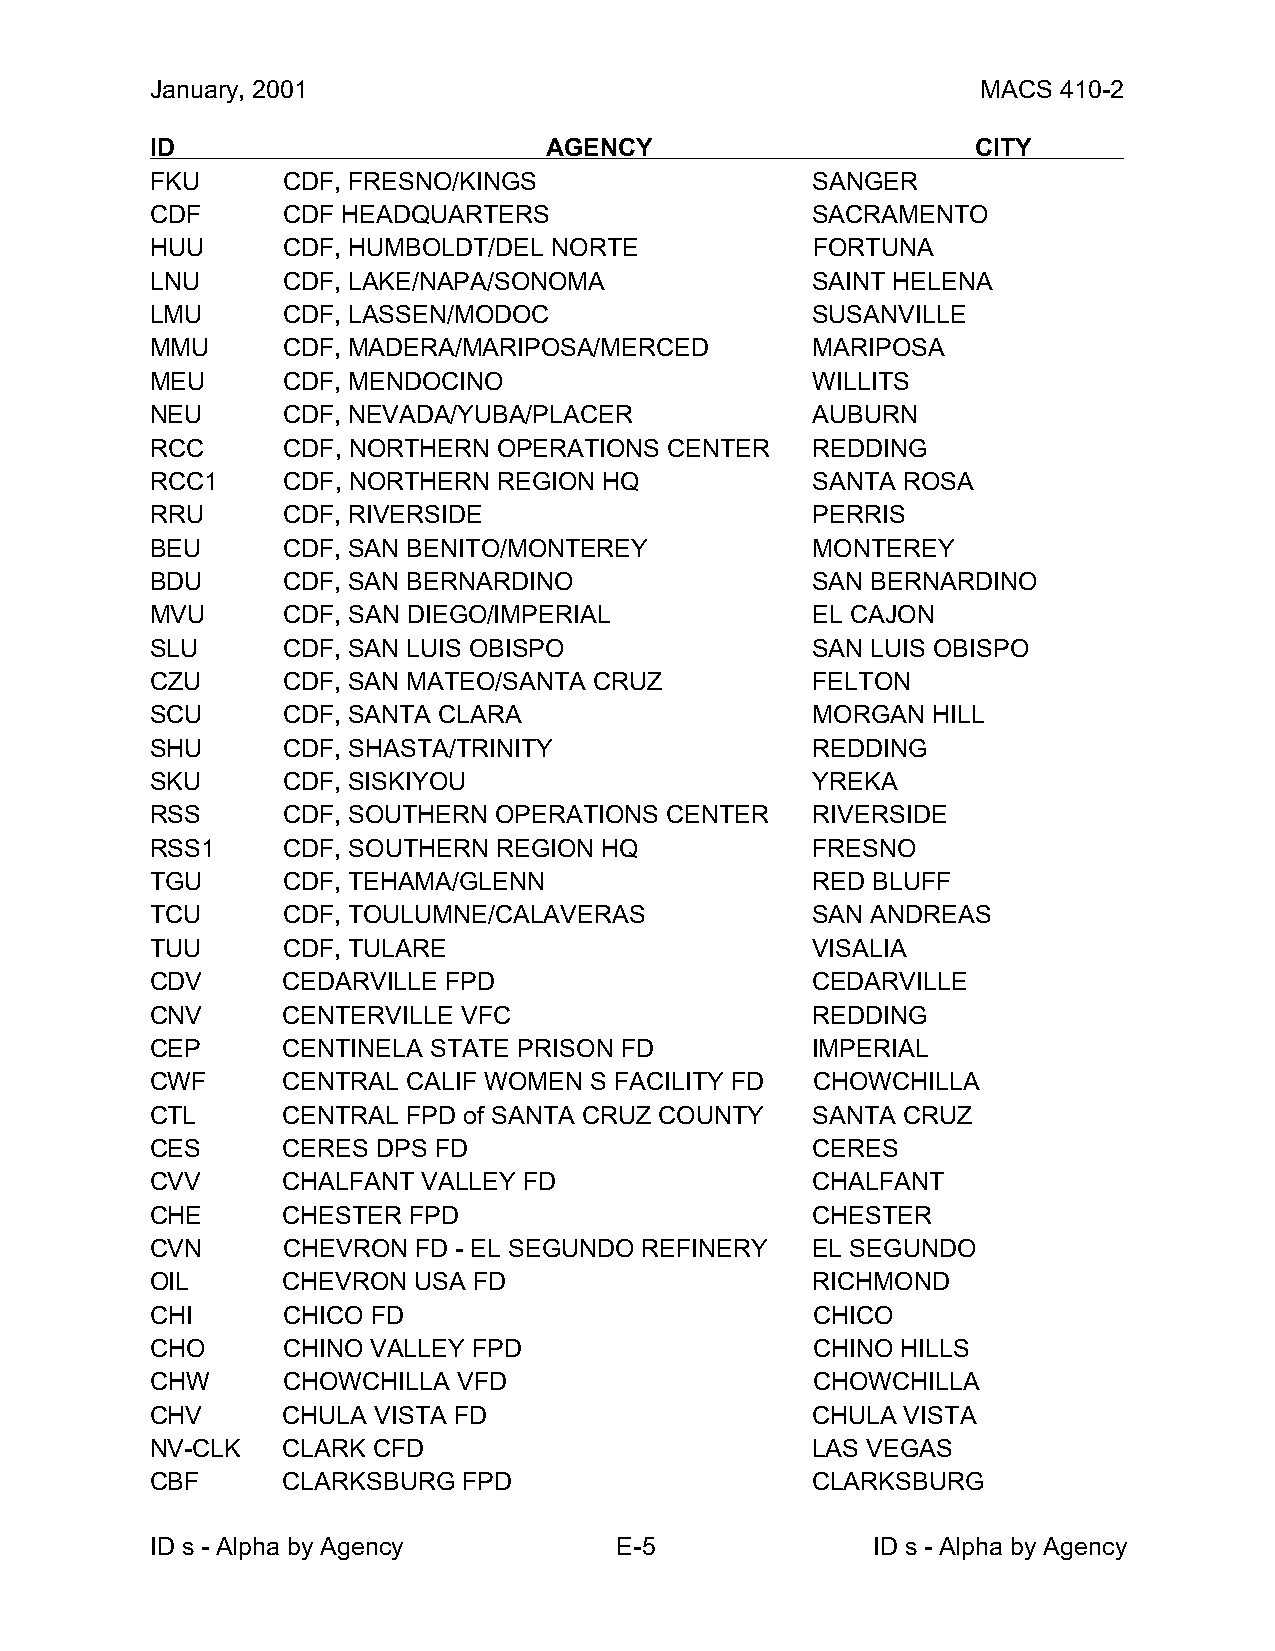
January, 2001                                          MACS 410-2
 ID                        AGENCY                       CITY
 FKU      CDF, FRESNO/KINGS                  SANGER
 CDF      CDF HEADQUARTERS                   SACRAMENTO
 HUU      CDF, HUMBOLDT/DEL NORTE            FORTUNA
 LNU      CDF, LAKE/NAPA/SONOMA              SAINT HELENA
 LMU      CDF, LASSEN/MODOC                  SUSANVILLE
 MMU      CDF, MADERA/MARIPOSA/MERCED        MARIPOSA
 MEU      CDF, MENDOCINO                     WILLITS
 NEU      CDF, NEVADA/YUBA/PLACER            AUBURN
 RCC      CDF, NORTHERN OPERATIONS CENTER    REDDING
 RCC1     CDF, NORTHERN REGION HQ            SANTA ROSA
 RRU      CDF, RIVERSIDE                     PERRIS
 BEU      CDF, SAN BENITO/MONTEREY           MONTEREY
 BDU      CDF, SAN BERNARDINO                SAN BERNARDINO
 MVU      CDF, SAN DIEGO/IMPERIAL            EL CAJON
 SLU      CDF, SAN LUIS OBISPO               SAN LUIS OBISPO
 CZU      CDF, SAN MATEO/SANTA CRUZ          FELTON
 SCU      CDF, SANTA CLARA                   MORGAN  HILL
 SHU      CDF, SHASTA/TRINITY                REDDING
 SKU      CDF, SISKIYOU                      YREKA
 RSS      CDF, SOUTHERN OPERATIONS CENTER    RIVERSIDE
 RSS1     CDF, SOUTHERN REGION HQ            FRESNO
 TGU      CDF, TEHAMA/GLENN                  RED BLUFF
 TCU      CDF, TOULUMNE/CALAVERAS            SAN ANDREAS
 TUU      CDF, TULARE                        VISALIA
 CDV      CEDARVILLE FPD                     CEDARVILLE
 CNV      CENTERVILLE VFC                    REDDING
 CEP      CENTINELA STATE PRISON FD          IMPERIAL
 CWF      CENTRAL CALIF WOMEN S FACILITY FD  CHOWCHILLA
 CTL      CENTRAL FPD of SANTA CRUZ COUNTY   SANTA CRUZ
 CES      CERES DPS FD                       CERES
 CVV      CHALFANT VALLEY FD                 CHALFANT
 CHE      CHESTER FPD                        CHESTER
 CVN      CHEVRON FD - EL SEGUNDO REFINERY   EL SEGUNDO
 OIL      CHEVRON USA FD                     RICHMOND
 CHI      CHICO FD                           CHICO
 CHO      CHINO VALLEY FPD                   CHINO HILLS
 CHW      CHOWCHILLA VFD                     CHOWCHILLA
 CHV      CHULA VISTA FD                     CHULA VISTA
 NV-CLK   CLARK CFD                          LAS VEGAS
 CBF      CLARKSBURG  FPD                    CLARKSBURG
 ID s - Alpha by Agency         E-5              ID s - Alpha by Agency